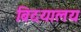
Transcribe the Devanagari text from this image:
बिदयालय